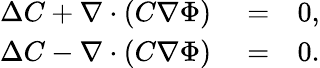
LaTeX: \begin{array}{rlr}{\Delta C+\nabla\cdot\left(C\nabla\Phi\right)}&{{}=}&{0,}\\ {\Delta C-\nabla\cdot\left(C\nabla\Phi\right)}&{{}=}&{0.}\end{array}